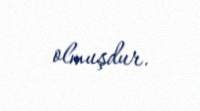
olmuşdur.